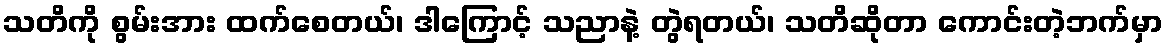
သတိကို စွမ်းအား ထက်စေတယ်၊ ဒါကြောင့် သညာနဲ့ တွဲရတယ်၊ သတိဆိုတာ ကောင်းတဲ့ဘက်မှာ